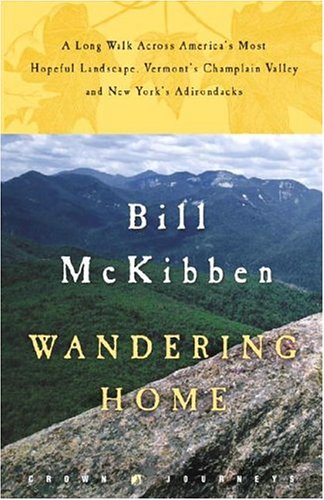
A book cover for Wandering Home: A Long Walk Across America's Most Hopeful Landscape:Vermont's Champlain Valley and New York's Adirondacks (Crown Journeys); Bill Mckibben; Travel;